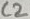
Text: C2